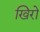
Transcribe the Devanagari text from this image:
खिरो